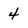
Character: 4